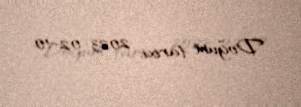
Doğum tarixi: 2023-02-10